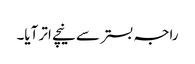
راجہ بستر سے نیچے اتر آیا۔